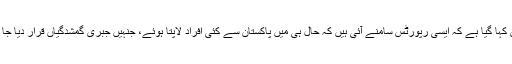
بیان میں کہا گیا ہے کہ ایسی رپورٹس سامنے آئی ہیں کہ حال ہی میں پاکستان سے کئی افراد لاپتا ہوئے، جنہیں جبری گمشدگیاں قرار دیا جا رہا ہے۔